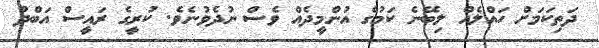
ދަތިކަމަށް ހައްލެއް ލިބޭނެ ކަމުގެ އުންމީދެއް ވެސް ނުދެވުނެވެ. ކުރީގެ ރައީސް އަބްދު